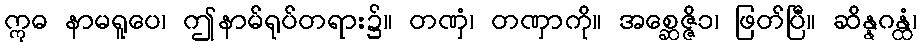
ဣဓ နာမရူပေ၊ ဤနာမ်ရုပ်တရား၌။ တဏှံ၊ တဏှာကို။ အစ္ဆေဇ္ဇိ၁၊ ဖြတ်ပြီ။ ဆိန္နဂန္ထံ၊